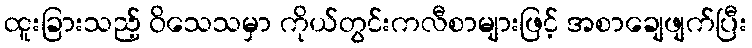
ထူးခြားသည့် ဝိသေသမှာ ကိုယ်တွင်းကလီစာများဖြင့် အစာချေဖျက်ပြီး